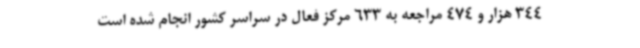
344 هزار و 474 مراجعه به 633 مرکز فعال در سراسر کشور انجام شده است